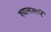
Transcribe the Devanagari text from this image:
श्यामलाएँ